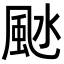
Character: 𩖱